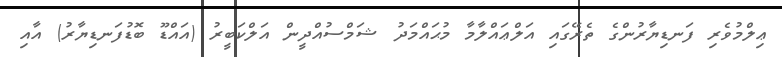
ޢިލްމުވެރި ފަނޑިޔާރުންގެ ތެރޭގައި އަލްޢައްލާމާ މުޙައްމަދު ޝަމްސުއްދީން އަލްކަބީރު (އައްޑޫ ބޮޑުފަނޑިޔާރު) އާއި